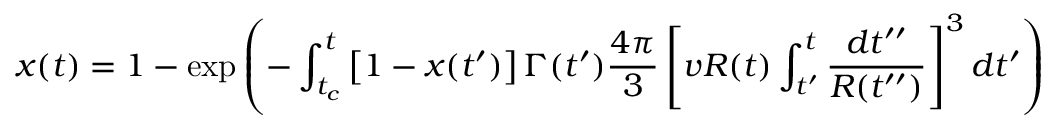
x ( t ) = 1 - \exp \left( - \int _ { t _ { c } } ^ { t } \left[ 1 - x ( t ^ { \prime } ) \right] \Gamma ( t ^ { \prime } ) \frac { 4 \pi } { 3 } \left[ v R ( t ) \int _ { t ^ { \prime } } ^ { t } \frac { d t ^ { \prime \prime } } { R ( t ^ { \prime \prime } ) } \right] ^ { 3 } d t ^ { \prime } \right)